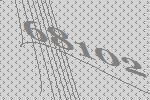
68102